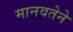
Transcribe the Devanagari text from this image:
मानवतेने